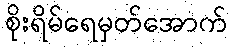
စိုးရိမ်ရေမှတ်အောက်